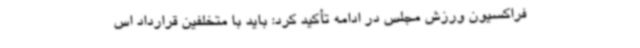
فراکسیون ورزش مجلس در ادامه تأکید کرد: باید با متخلفین قرارداد اس